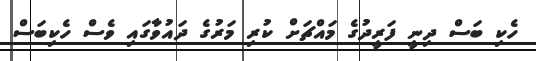
ހެކި ބަސް ދިނީ ފަރީދުގެ މައްޗަށް ކުރި މަރުގެ ދައުވާގައި ވެސް ހެކިބަސް